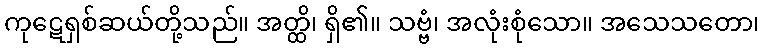
ကုဋေရှစ်ဆယ်တို့သည်။ အတ္ထိ၊ ရှိ၏။ သဗ္ဗံ၊ အလုံးစုံသော။ အသေသတော၊